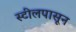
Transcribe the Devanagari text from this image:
स्टीलपासून